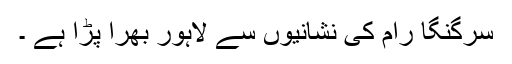
سرگنگا رام کی نشانیوں سے لاہور بھرا پڑا ہے ۔